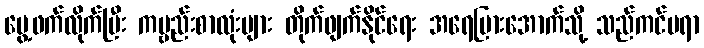
ပွေ့ဖက်လိုက်ပြီး ကမ္ဗည်းစာလုံးများ တိုက်ဖျက်နိုင်ရေး အရေပြားအောက်သို့ သည်ကင်မရာ